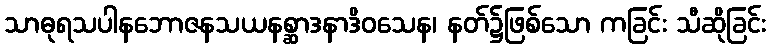
သာဓုရသပါနဘောဇနသယနစ္ဆာဒနာဒိဝသေန၊ နတ်၌ဖြစ်သော ကခြင်း သီဆိုခြင်း